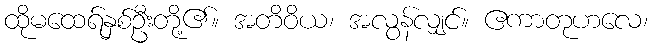
ထိုမထေရ်နှစ်ဦးတို့၏။ အတိဝိယ၊ အလွန်လျှင်။ ဧကာတုဟလေ၊